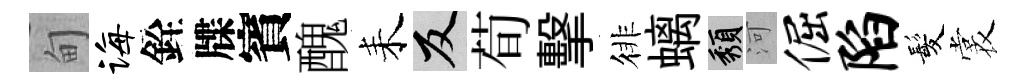
甸诲銓牒賓醜耒反荀擊徘螭頽河倔陷髪裳